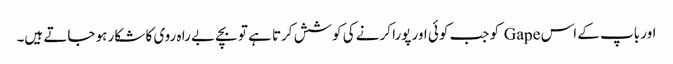
اور باپ کے اس Gape کو جب کوئی اور پورا کرنے کی کوشش کرتا ہے تو بچے بے را ہ روی کا شکار ہو جاتے ہیں۔